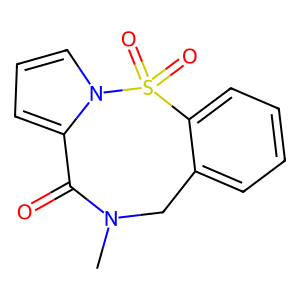
SMILES: CN1Cc2ccccc2S(=O)(=O)n2cccc2C1=O
Inhibits HIV replication: No